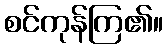
စင်ကုန်ကြ၏။